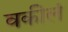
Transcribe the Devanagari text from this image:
वकीलं